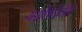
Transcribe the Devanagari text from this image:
यशोधरेनेही